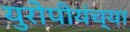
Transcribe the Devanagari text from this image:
युरोपीयंच्या